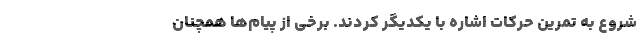
شروع به تمرین حرکات اشاره با یکدیگر کردند. برخی از پیام‌ها همچنان